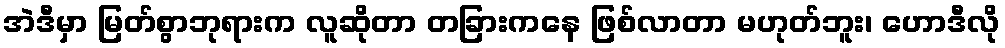
အဲဒီမှာ မြတ်စွာဘုရားက လူဆိုတာ တခြားကနေ ဖြစ်လာတာ မဟုတ်ဘူး၊ ဟောဒီလို